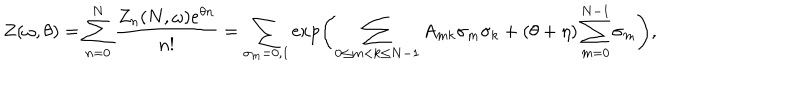
LaTeX: Z ( \omega , \theta ) = \sum _ { n = 0 } ^ { N } \frac { Z _ { n } ( N , \omega ) e ^ { \theta n } } { n ! } = \sum _ { \sigma _ { m } = 0 , 1 } \exp \left( \sum _ { 0 \le m < k \le N - 1 } A _ { m k } \sigma _ { m } \sigma _ { k } + ( \theta + \eta ) \sum _ { m = 0 } ^ { N - 1 } \sigma _ { m } \right) ,